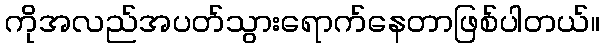
ကိုအလည်အပတ်သွားရောက်နေတာဖြစ်ပါတယ်။